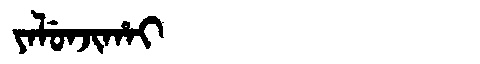
Manchu: ᠶᠠᠯᡠᠨᠵᡳᡥᠠᡳ
Romanization: YALUNJIHAI